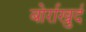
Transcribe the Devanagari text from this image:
बोर्राखुर्द